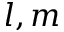
l , m